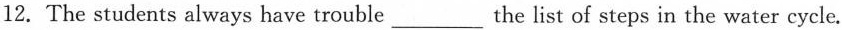
12. The students always have trouble_ the list of steps in the water cycle.